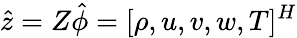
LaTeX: \hat{z}=Z\hat{\phi}=[\rho,u,v,w,T]^{H}